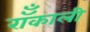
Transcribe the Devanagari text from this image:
रॉँकाली